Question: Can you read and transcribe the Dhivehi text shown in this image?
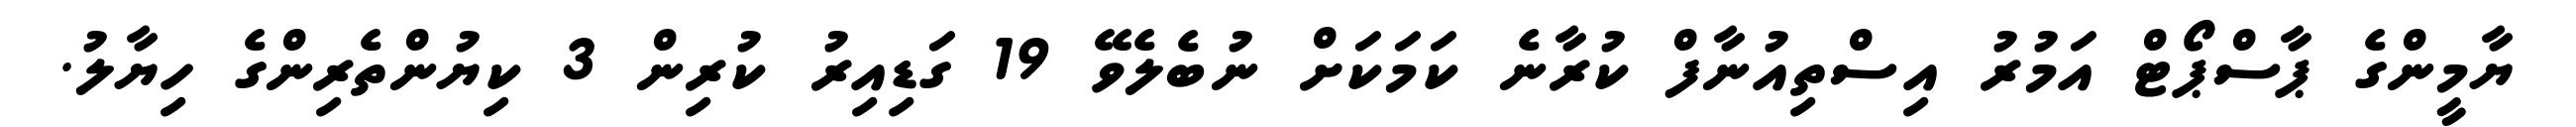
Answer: ޔާމީންގެ ޕާސްޕޯޓް އަމުރު އިސްތިއުނާފް ކުރާނެ ކަމަކަށް ނުބެލެވޭ 19 ގަޑިއިރު ކުރިން 3 ކިޔުންތެރިންގެ ހިޔާލު.